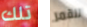
تلك للقمر